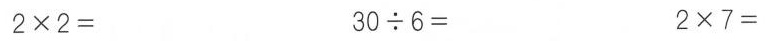
$$2 \times 2 =$$ $$3 0 \div 6 =$$ $$2 \times 7 =$$